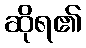
ဆိုရ၏